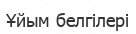
Ұйым белгілері